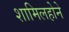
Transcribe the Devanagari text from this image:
शामिलहोने